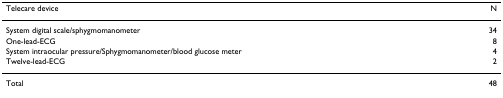
<table><thead><tr><td><b>Telecare device</b></td><td><b>N</b></td></tr></thead><tbody><tr><td>System digital scale/sphygmomanometer</td><td>34</td></tr><tr><td>One-lead-ECG</td><td>8</td></tr><tr><td>System intraocular pressure/Sphygmomanometer/blood glucose meter</td><td>4</td></tr><tr><td>Twelve-lead-ECG</td><td>2</td></tr><tr><td>Total</td><td>48</td></tr></tbody></table>